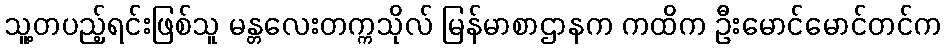
သူ့တပည့်ရင်းဖြစ်သူ မန္တလေးတက္ကသိုလ် မြန်မာစာဌာနက ကထိက ဦးမောင်မောင်တင်က